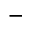
\scriptscriptstyle -